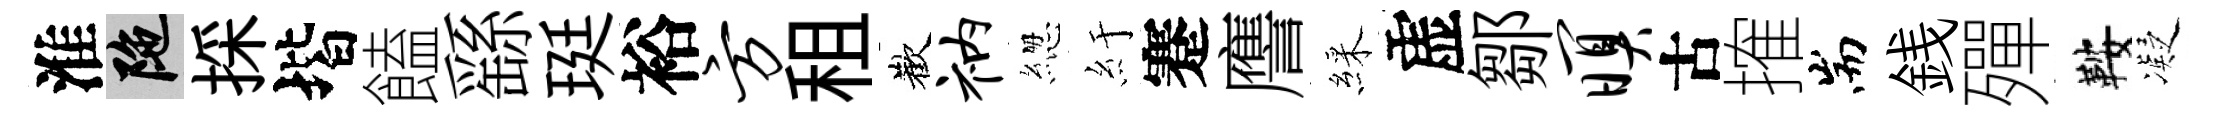
淮陀採堦饁繇珽裕方租歡衲緫紆蹇譍綵虚鄒暝古搉耑銭殫鞍凝